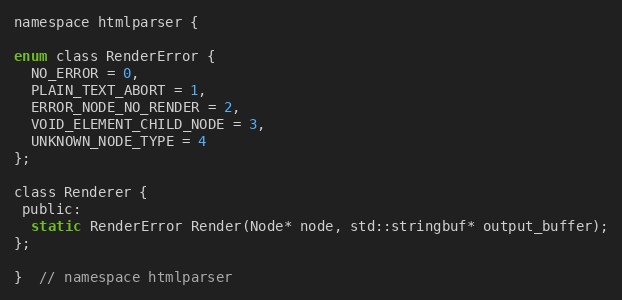
Language: C
namespace htmlparser {

enum class RenderError {
  NO_ERROR = 0,
  PLAIN_TEXT_ABORT = 1,
  ERROR_NODE_NO_RENDER = 2,
  VOID_ELEMENT_CHILD_NODE = 3,
  UNKNOWN_NODE_TYPE = 4
};

class Renderer {
 public:
  static RenderError Render(Node* node, std::stringbuf* output_buffer);
};

}  // namespace htmlparser